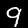
Digit: 9